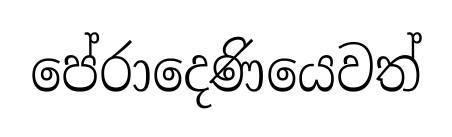
පේරාදෙණියෙවත්